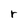
Character: r